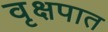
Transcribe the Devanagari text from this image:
वृक्षपात